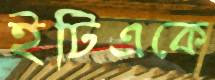
ইটিএকে